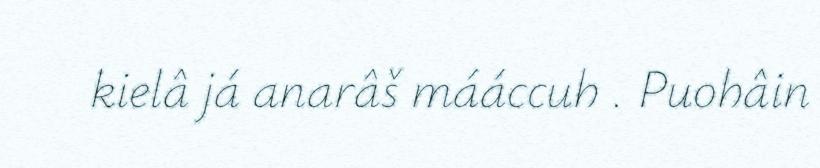
kielâ já anarâš mááccuh . Puohâin